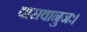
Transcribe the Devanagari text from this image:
वासवानुजः।